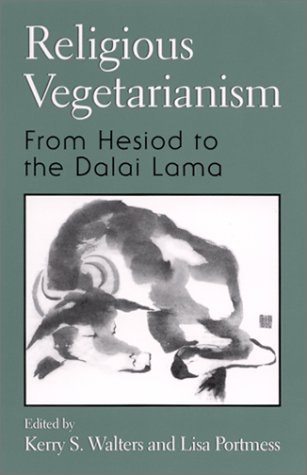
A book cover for Religious Vegetarianism:  From Hesiod to the Dalai Lama; Kerry Walters; Religion & Spirituality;